Vaccination in Burma 1889-1999 - 1889-1999
Year: 1889
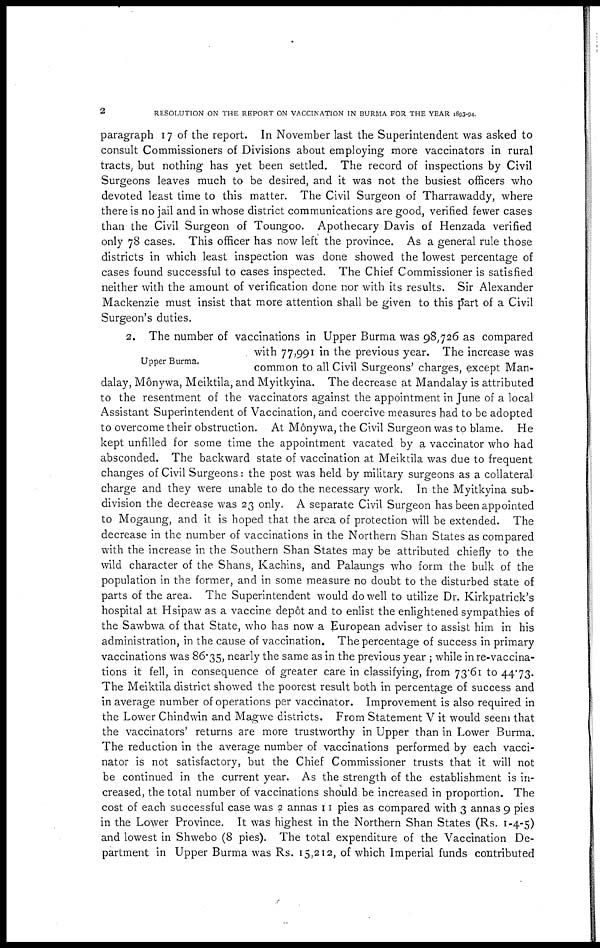
2
RESOLUTION ON THE REPORT ON VACCINATION IN BURMA FOR THE YEAR 1893-94.
paragraph 17 of the report. In November last the Superintendent was asked to
consult Commissioners of Divisions about employing more vaccinators in rural
tracts, but nothing has yet been settled. The record of inspections by Civil
Surgeons leaves much to be desired, and it was not the busiest officers who
devoted least time to this matter. The Civil Surgeon of Tharrawaddy, where
there is no jail and in whose district communications are good, verified fewer cases
than the Civil Surgeon of Toungoo. Apothecary Davis of Henzada verified
only 78 cases. This officer has now left the province. As a general rule those
districts in which least inspection was done showed the lowest percentage of
cases found successful to cases inspected. The Chief Commissioner is satisfied
neither with the amount of verification done nor with its results. Sir Alexander
Mackenzie must insist that more attention shall be given to this part of a Civil
Surgeon's duties.
Upper Burma.
2. The number of vaccinations in Upper Burma was 98,726 as compared
with 77,991 in the previous year. The increase was
common to all Civil Surgeons' charges, except Man-
dalay, Mônywa, Meiktila, and Myitkyina. The decrease at Mandalay is attributed
to the resentment of the vaccinators against the appointment in June of a local
Assistant Superintendent of Vaccination, and coercive measures had to be adopted
to overcome their obstruction. At Mônywa, the Civil Surgeon was to blame. He
kept unfilled for some time the appointment vacated by a vaccinator who had
absconded. The backward state of vaccination at Meiktila was due to frequent
changes of Civil Surgeons: the post was held by military surgeons as a collateral
charge and they were unable to do the necessary work. In the Myitkyina sub-
division the decrease was 23 only. A separate Civil Surgeon has been appointed
to Mogaung, and it is hoped that the area of protection will be extended. The
decrease in the number of vaccinations in the Northern Shan States as compared
with the increase in the Southern Shan States may be attributed chiefly to the
wild character of the Shans, Kachins, and Palaungs who form the bulk of the
population in the former, and in some measure no doubt to the disturbed state of
parts of the area. The Superintendent would do well to utilize Dr. Kirkpatrick's
hospital at Hsipaw as a vaccine depôt and to enlist the enlightened sympathies of
the Sawbwa of that State, who has now a European adviser to assist him in his
administration, in the cause of vaccination. The percentage of success in primary
vaccinations was 86.35, nearly the same as in the previous year ; while in re-vaccina-
tions it fell, in consequence of greater care in classifying, from 73.61 to 44.73.
The Meiktila district showed the poorest result both in percentage of success and
in average number of operations per vaccinator. Improvement is also required in
the Lower Chindwin and Magwe districts. From Statement V it would seem that
the vaccinators' returns are more trustworthy in Upper than in Lower Burma.
The reduction in the average number of vaccinations performed by each vacci-
nator is not satisfactory, but the Chief Commissioner trusts that it will not
be continued in the current year. As the strength of the establishment is in-
creased, the total number of vaccinations should be increased in proportion. The
cost of each successful case was 2 annas 11 pies as compared with 3 annas 9 pies
in the Lower Province. It was highest in the Northern Shan States (Rs. 1-4-5)
and lowest in Shwebo (8 pies). The total expenditure of the Vaccination De-
partment in Upper Burma was Rs. 15,212, of which Imperial funds contributed